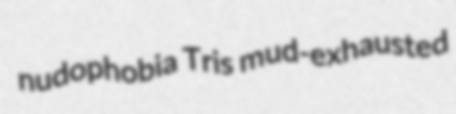
nudophobia Tris mud-exhausted